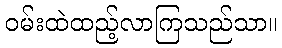
ဝမ်းထဲထည့်လာကြသည်သာ။